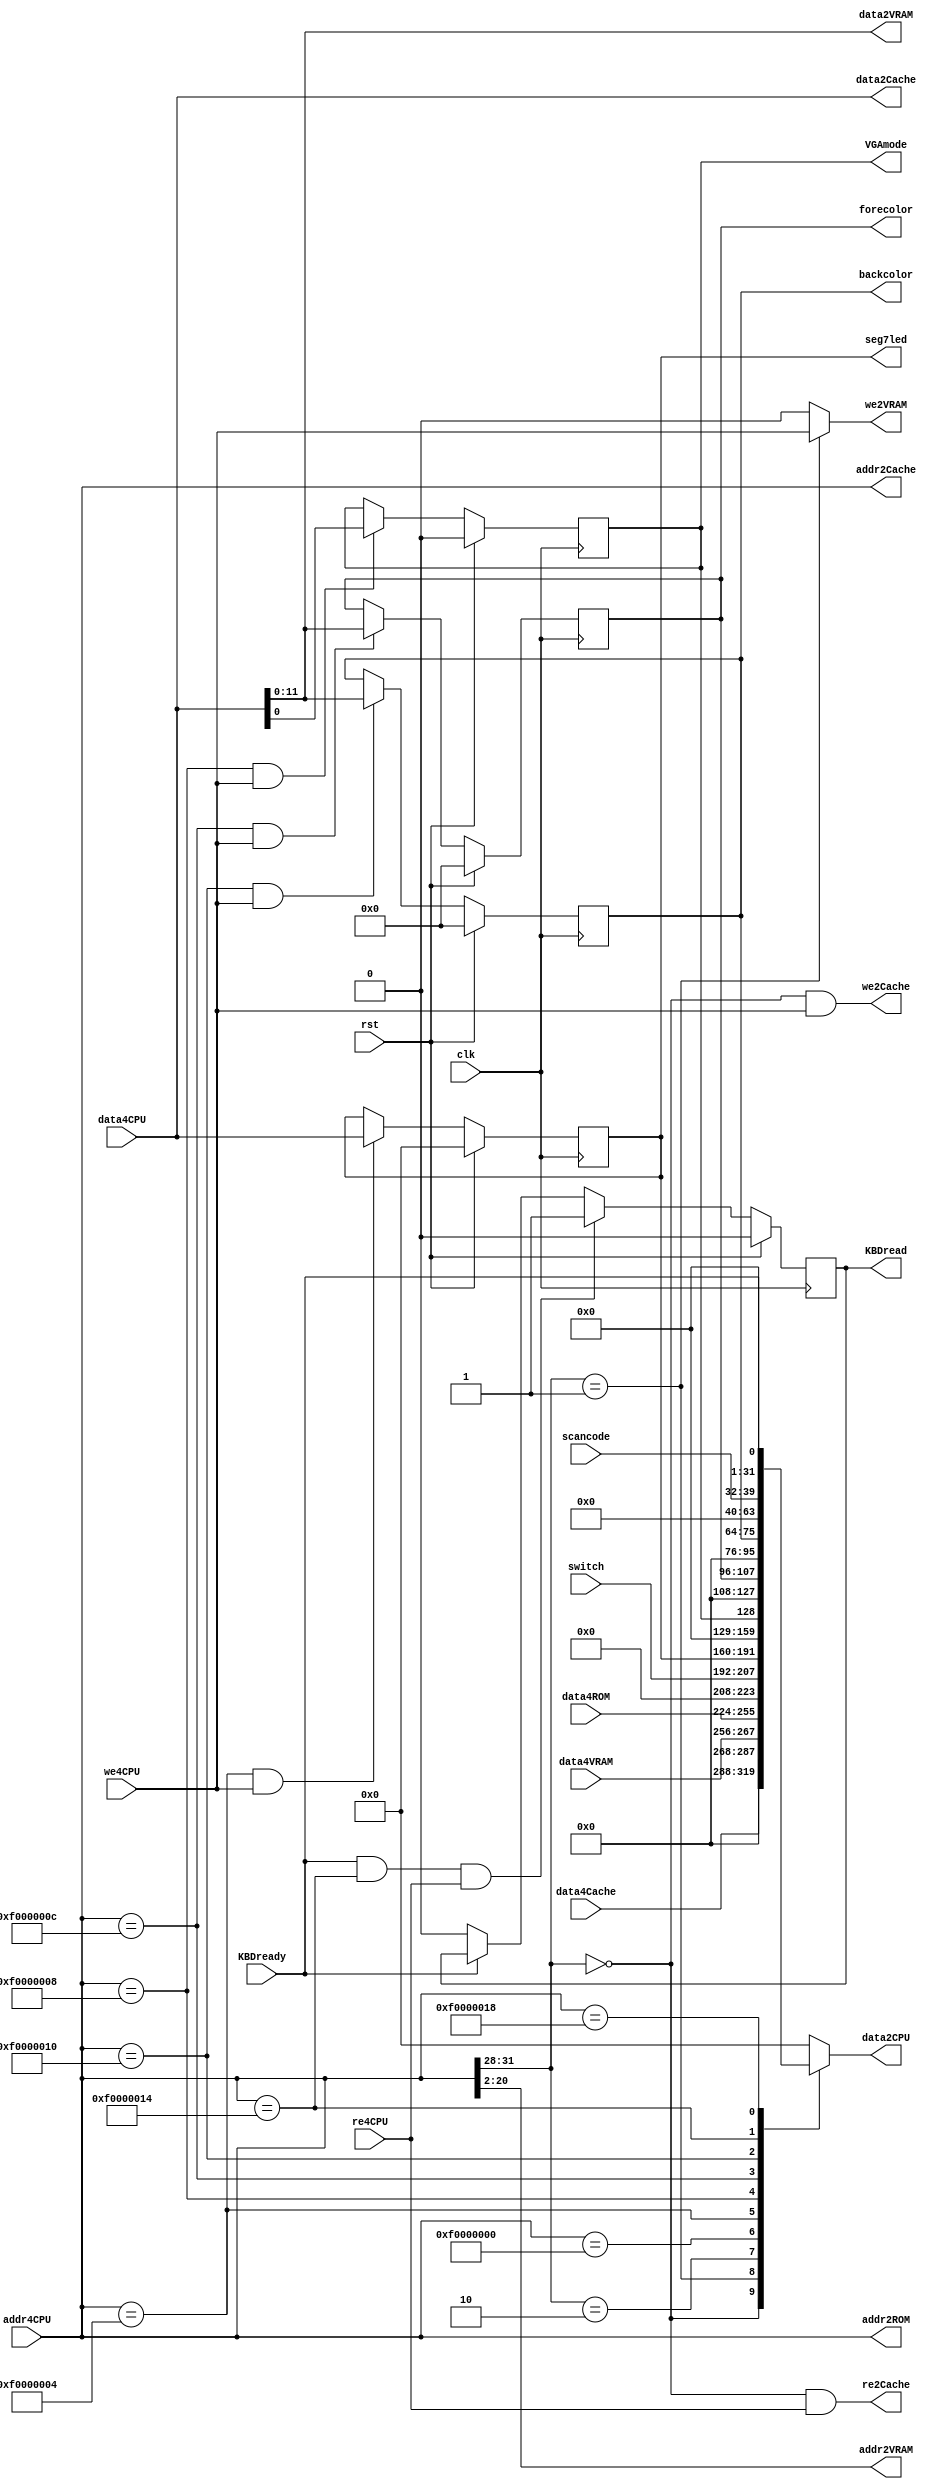
`timescale 1ns / 1ps
//////////////////////////////////////////////////////////////////////////////////
// Module Name:    IOBus 
// Description:    I/O bus
// Revision 0.01 - File Created
//////////////////////////////////////////////////////////////////////////////////
module IOBus(
    // clock and reset
    input wire clk, input wire rst,
    // CPU
    input wire [31:0] addr4CPU, output reg [31:0] data2CPU,
    input wire re4CPU, input wire we4CPU, input wire [31:0] data4CPU,
    // Cache
    output wire [31:0] addr2Cache, output wire re2Cache, input wire [31:0] data4Cache,
    output wire we2Cache, output wire [31:0] data2Cache,
    // VRAM
    output wire [18:0] addr2VRAM, input wire [11:0] data4VRAM,
    output wire we2VRAM, output wire [11:0] data2VRAM,
    // ROM
    output wire [31:0] addr2ROM, input wire [31:0] data4ROM,
    // devices
    input wire [15:0] switch, // switches
    output reg [31:0] seg7led, // 7-segment LED
    output reg VGAmode, output reg [11:0] forecolor, output reg [11:0] backcolor, // VGA
    input wire KBDready, input wire [7:0] scancode, output reg KBDread // keyboard
    );


// address allocation
// 0x0xxxxxxx: RAM
// 0x1xxxxxxx: VRAM
// 0x2xxxxxxx: ROM
// 0xf0000000: switch
// 0xf0000004: seg7led
// 0xf0000008: vgamode
// 0xf000000c: forecolor
// 0xf0000010: backcolor
// 0xf0000014: scancode
// 0xf0000018: KBDready


// CPU
always @ *
begin
    casex(addr4CPU)
    32'h0xxxxxxx: data2CPU <= data4Cache;
    32'h1xxxxxxx: data2CPU <= {20'h0, data4VRAM};
    32'h2xxxxxxx: data2CPU <= data4ROM;
    32'hf0000000: data2CPU <= {16'h0, switch};
    32'hf0000004: data2CPU <= seg7led;
    32'hf0000008: data2CPU <= {31'h0, VGAmode};
    32'hf000000c: data2CPU <= {20'h0, forecolor};
    32'hf0000010: data2CPU <= {20'h0, backcolor};
    32'hf0000014: data2CPU <= {24'h0, scancode};
    32'hf0000018: data2CPU <= {31'h0, KBDready};
    default: data2CPU <= 0;
    endcase
end


// Cache
assign addr2Cache = addr4CPU;
assign re2Cache = (addr4CPU[31:28] == 0) && re4CPU;
assign we2Cache = (addr4CPU[31:28] == 0) && we4CPU;
assign data2Cache = data4CPU;


// VRAM
assign addr2VRAM = addr4CPU[20:2];
assign we2VRAM = (addr4CPU[31:28] == 4'h1) ? we4CPU : 1'b0;
assign data2VRAM = data4CPU[11:0];


// ROM
assign addr2ROM = addr4CPU;


// devices
always @ (posedge clk)
begin
    if (rst)
    begin
        seg7led <= 0;
        VGAmode <= 0;
        forecolor <= 0;
        backcolor <= 0;
    end
    else
    begin
        if ((addr4CPU == 32'hf0000004) && we4CPU)
            seg7led <= data4CPU;
        if ((addr4CPU == 32'hf0000008) && we4CPU)
            VGAmode <= data4CPU[0];
        if ((addr4CPU == 32'hf000000c) && we4CPU)
            forecolor <= data4CPU[11:0];
        if ((addr4CPU == 32'hf0000010) && we4CPU)
            backcolor <= data4CPU[11:0];
    end
end


// keyboard
always @ (posedge clk)
begin
    if (rst)
        KBDread <= 0;
    else
    begin
        if (KBDready && addr4CPU == 32'hf0000014 && re4CPU)
            KBDread <= 1;
        else if (!KBDready)
            KBDread <= 0;
    end
end


endmodule